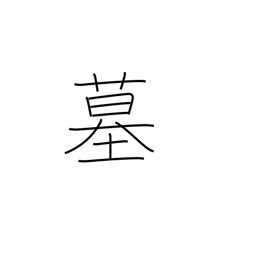
Meaning: grave